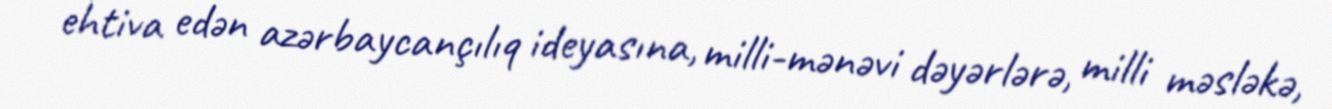
ehtiva edən azərbaycançılıq ideyasına, milli-mənəvi dəyərlərə, milli məsləkə,